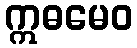
ဣဓမေဝ